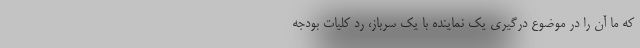
که ما آن را در موضوع درگیری یک نماینده با یک سرباز، رد کلیات بودجه